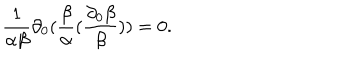
\frac { 1 } { \alpha \beta } \partial _ { 0 } ( \frac { \beta } { \alpha } ( \frac { \partial _ { 0 } \beta } { \beta } ) ) = 0 .